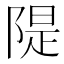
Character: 隄